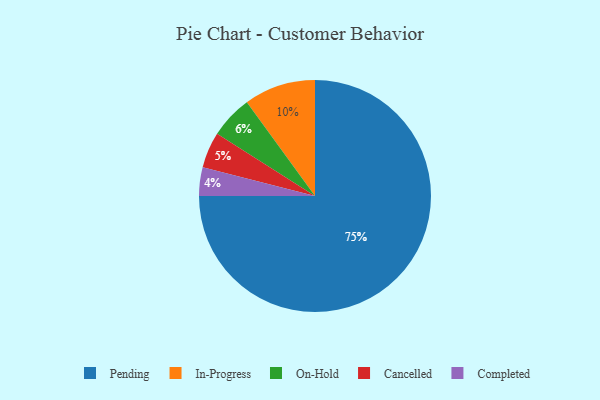
{"axis": {"x": "Category", "y": "Percentage"}, "legend": ["Cancelled", "Completed", "In-Progress", "On-Hold", "Pending"], "data": [{"x": "Pending", "y": 75, "type": "Pending"}, {"x": "Completed", "y": 4, "type": "Completed"}, {"x": "On-Hold", "y": 6, "type": "On-Hold"}, {"x": "Cancelled", "y": 5, "type": "Cancelled"}, {"x": "In-Progress", "y": 10, "type": "In-Progress"}]}